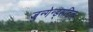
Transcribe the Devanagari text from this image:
जुन्गेन्ड्सटिल